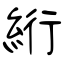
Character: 絎